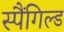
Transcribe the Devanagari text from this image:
स्पैंगिल्ड